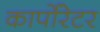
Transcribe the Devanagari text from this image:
कार्पोरेटर